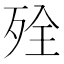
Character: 𰙾